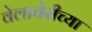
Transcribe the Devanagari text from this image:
वेलाचेरीच्या